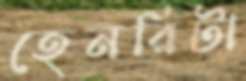
হেনরিটা